Annual report of the Bengal Veterinary College and of the Civil Veterinary Department, Bengal, for the year 1910-1911 - 1910-1911
Year: 1910
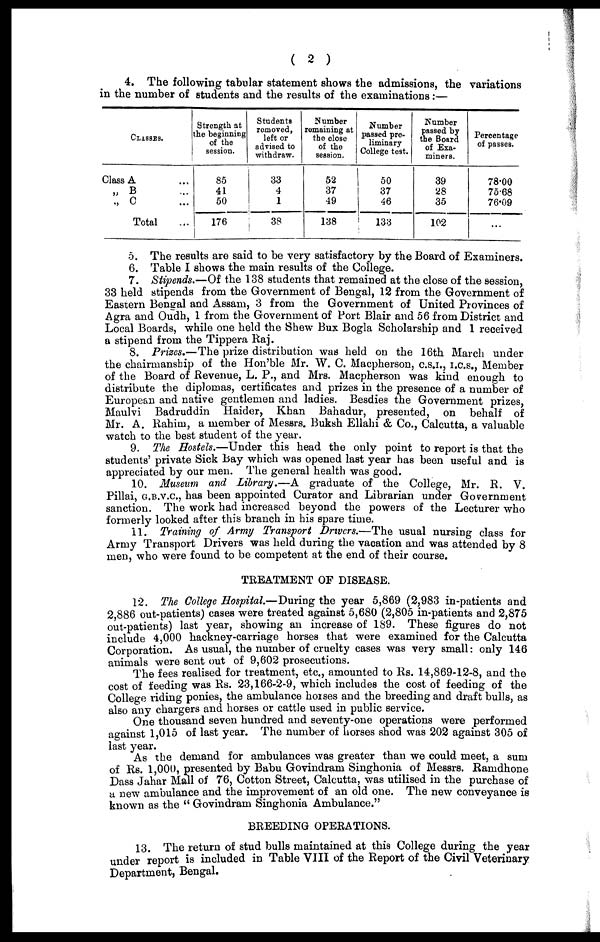
( 2 )
4. The following tabular statement shows the admissions, the variations
in the number of students and the results of the examinations:—
CLASSES.
Class A ...
„ B ...
„ C ...
Total
Strength at
the beginning
of the
session.
85
41
50
176
Students
removed,
left or
advised to
withdraw.
33
4
1
38
Number
remaining at
the close
of the
session.
52
37
49
138
Number
passed pre-
liminary
College test.
50
37
46
133
Number
passed by
the Board
of Exa-
miners.
39
28
35
102
Percentage
of passes.
78.00
75.68
76.09
...
5. The results are said to be very satisfactory by the Board of Examiners.
6. Table I shows the main results of the College.
7. Stipends.—Of the 138 students that remained at the close of the session,
33 held stipends from the Government of Bengal, 12 from the Government of
Eastern Bengal and Assam, 3 from the Government of United Provinces of
Agra and Oudh, 1 from the Government of Port Blair and 56 from District and
Local Boards, while one held the Shew Bux Bogla Scholarship and 1 received
a stipend from the Tippera Raj.
8. Prises.—The prize distribution was held on the 16th March under
the chairmanship of the Hon'ble Mr. W. C. Macpherson, C.S.I., I.C.S., Member
of the Board of Revenue, L. P., and Mrs. Macpherson was kind enough to
distribute the diplomas, certificates and prizes in the presence of a number of
European and native gentlemen and ladies. Besdies the Government prizes,
Maulvi Badruddin Haider, Khan Bahadur, presented, on behalf of
Mr. A. Rahim, a member of Messrs. Buksh Ellahi & Co., Calcutta, a valuable
watch to the best student of the year.
9. The Hostels.—Under this head the only point to report is that the
students' private Sick Bay which was opened last year has been useful and is
appreciated by our men. The general health was good.
10. Museum and Library.—A graduate of the College, Mr. R. V.
Pillai, G.B.V.C., has been appointed Curator and Librarian under Government
sanction. The work had increased beyond the powers of the Lecturer who
formerly looked after this branch in his spare time.
11. Training of Army Transport Drivers.—The usual nursing class for
Army Transport Drivers was held during the vacation and was attended by 8
men, who were found to be competent at the end of their course.
TREATMENT OF DISEASE.
12. The College Hospital.—During the year 5,869 (2,983 in-patients and
2,886 out-patients) cases were treated against 5,680 (2,805 in-patients and 2,875
out-patients) last year, showing an increase of 189. These figures do not
include 4,000 hackney-carriage horses that were examined for the Calcutta
Corporation. As usual, the number of cruelty cases was very small: only 146
animals were sent out of 9,602 prosecutions.
The fees realised for treatment, etc., amounted to Rs. 14,869-12-8, and the
cost of feeding was Rs. 23,166-2-9, which includes the cost of feeding of the
College riding ponies, the ambulance horses and the breeding and draft bulls, as
also any chargers and horses or cattle used in public service.
One thousand seven hundred and seventy-one operations were performed
against 1,015 of last year. The number of horses shod was 202 against 305 of
last year.
As the demand for ambulances was greater than we could meet, a sum
of Rs. 1,000, presented by Babu Govindram Singhonia of Messrs. Ramdhone
Dass Jahar Mall of 76, Cotton Street, Calcutta, was utilised in the purchase of
a new ambulance and the improvement of an old one. The new conveyance is
known as the " Govindram Singhonia Ambulance."
BREEDING OPERATIONS.
13. The return of stud bulls maintained at this College during the year
under report is included in Table VIII of the Report of the Civil Veterinary
Department, Bengal.